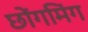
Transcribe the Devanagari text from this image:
छोंगमिंग